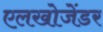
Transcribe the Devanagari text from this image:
एलखोजेंडर